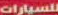
للسيارات